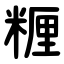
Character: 糎